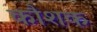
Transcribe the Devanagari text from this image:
कौशक